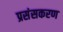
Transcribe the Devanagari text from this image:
प्रसंसकरण